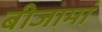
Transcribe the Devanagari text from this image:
बीजामां